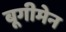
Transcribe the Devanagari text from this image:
बूगीमेन